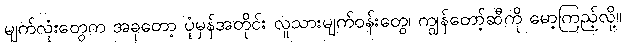
မျက်လုံးတွေက အခုတော့ ပုံမှန်အတိုင်း လူသားမျက်ဝန်းတွေ၊ ကျွန်တော့်ဆီကို မော့ကြည့်လို့။